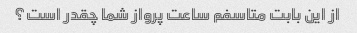
از این بابت متاسفم ساعت پرواز شما چقدر است؟